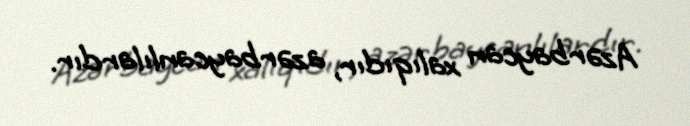
Azərbaycan xalıqıdır, azərbaycanlılardır.